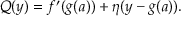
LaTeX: Q ( y ) = f ^ { \prime } ( g ( a ) ) + \eta ( y - g ( a ) ) .